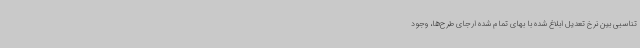
تناسبی بین نرخ تعدیل ابلاغ شده با بهای تمام شده ارجای طرح‌ها، وجود